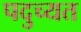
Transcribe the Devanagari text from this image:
पदुच्यत